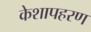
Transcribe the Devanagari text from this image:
केशापहरण